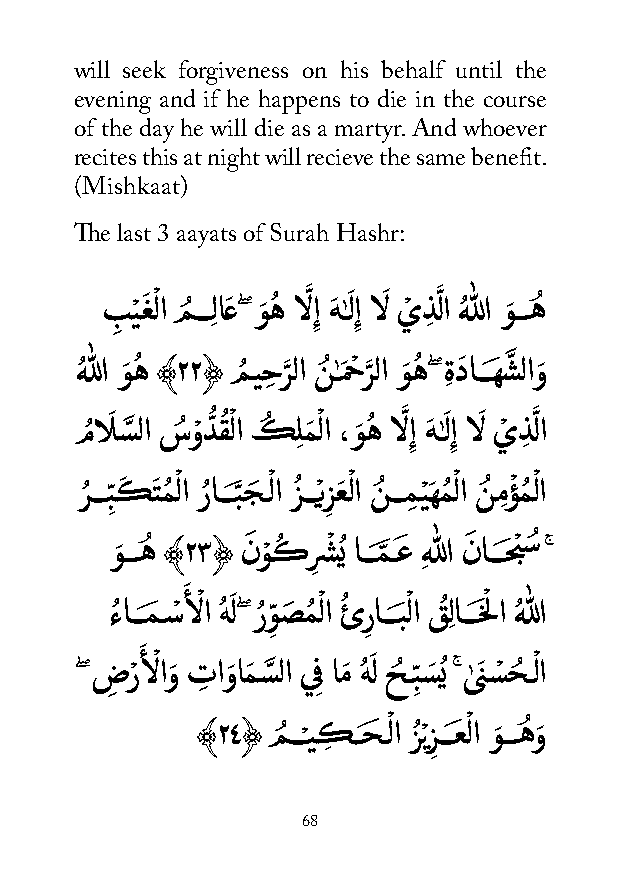
will seek forgiveness on his behalf until the
 evening and if he happens to die in the course
 of the day he will die as a martyr. And whoever
 recites this at night will recieve the same benefit.
 (Mishkaat)
 The last 3 aayats of Surah Hashr:
 بِ يْ غَ ْ لا مُ ـــِلاعَ ۖ وَ هُ الَّ ِإ هَ ٰـَ لِإ الَ يْ ذِ لَّ ا هُ للا وَ ـــهُ
 هُ للا وَ هُ ﴾٢٢﴿ مُ يحِ رَّ لا نُ ٰـمَ حْ رَّ لا وَ هُ ۖ ةِ دَ اـــهَ شَّ لاوَ
 مُ الَ سَّ لا سُ وْ دُّ قُ ْ لا كُ ِلمَ ْ لا ،وَ هُ الَّ ِإ هَ ٰـَ لِإ الَ يْ ذِ لَّ ا
 رُ ـــبِّ كَ تَ مُ ْ لا رُ اـــبَّ جَ ـْ لا زُ ـــْيز
 ِ
 عَ ْ لا نُ ـــمِ يْ هَ مُ ْ لا نُ مِؤْ مُ ْ لا
 وَ ـــهُ ﴾٢٣﴿ نَ وْ كُ رِ شْ ُي اـــمَّ ـعَ ِهللا نَ اـــحَبْ سُ ۚ
 َ
 ءُ اـــمَ ـسْ ألْ ا هُ لَ ۖ رُو ِّ صَ مُ ْ لا ئُ ر ِ اـــبَ ْ لا قُ ِلاـــخَلْ ا هُ للا
 َ
 ْ              َ         ْ
 ۖ ضِ رْ ألاوَ تِ اوَ امَ سَّ لا ي ِف امَ هُ ل حُ ـبِّ سَ ُي ۚ ى
 ٰ
 نَ سْ حُ ـلا
 ﴾٢٤﴿ مُ ــ ْـيكِ ــحَ ـْ لا زُ ْيز
 ِ
 ـــعَ ْ لا وَ ـــهُ وَ
 68